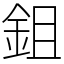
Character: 鉏